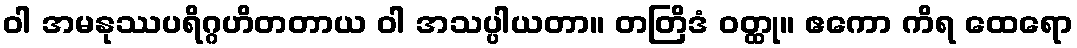
ဝါ အမနုဿပရိဂ္ဂဟိတတာယ ဝါ အသပ္ပါယတာ။ တတြိဒံ ဝတ္ထု။ ဧကော ကိရ ထေရော